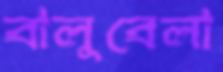
বালুবেলা